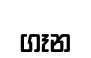
ගෑන